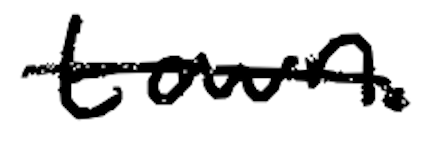
Text: town.
Cross-out: single-line
Writing tool: digital_black